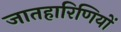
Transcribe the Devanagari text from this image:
जातहारिणियों